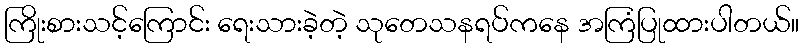
ကြိုးစားသင့်ကြောင်း ရေးသားခဲ့တဲ့ သုတေသနရပ်ကနေ အကြံပြုထားပါတယ်။